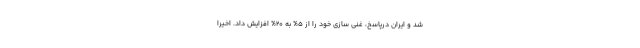
شد و ایران درپاسخ، غنی سازی خود را از ۵% به ۲۰% افزایش داد. اخیرا